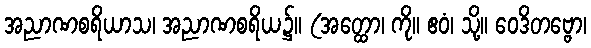
အညာဏစရိယာသ၊ အညာဏစရိယ၌။ (အတ္ထော၊ ကို။ ဧဝံ၊ သို့။ ဝေဒိတဗ္ဗော၊